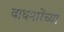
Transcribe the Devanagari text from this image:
वाघमारेंच्या